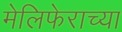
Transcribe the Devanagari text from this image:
मेलिफेराच्या